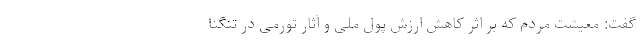
گفت: معیشت مردم که بر اثر کاهش ارزش پول ملی و آثار تورمی در تنگنا